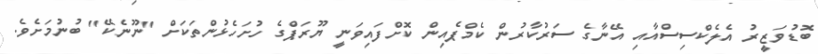
ބޮޑުވަޒީރު އެލެކްސިސްއާއި އޭނާގެ ސަރުކާރުން ކެމްޕެއިން ކޮށްފައިވަނީ ޔޫރަޕްގެ ހުށަހެޅުންތަކަށް "ނޫނެކޭ" ބުނުމަށެވެ.